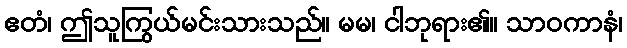
ဧတံ၊ ဤသူကြွယ်မင်းသားသည်။ မမ၊ ငါဘုရား၏။ သာဝကာနံ၊